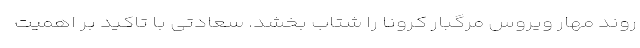
روند مهار ویروس مرگبار کرونا را شتاب بخشد. سعادتی با تاکید بر اهمیت